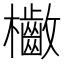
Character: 𣡁